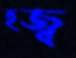
হজ্ব